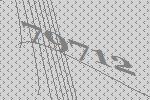
79712